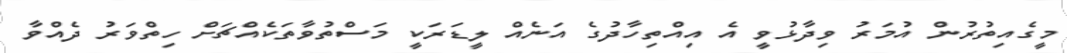
މީގެއިތުރުން އުމަރު ވިދާޅުވީ އެ އިއްތިހާދުގެ އަނެއް ލީޑަރަކީ މަސްތުވާތަކެއްޗަށް ހިތްވަރު ދެއްވާ